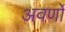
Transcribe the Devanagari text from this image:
अवर्णों